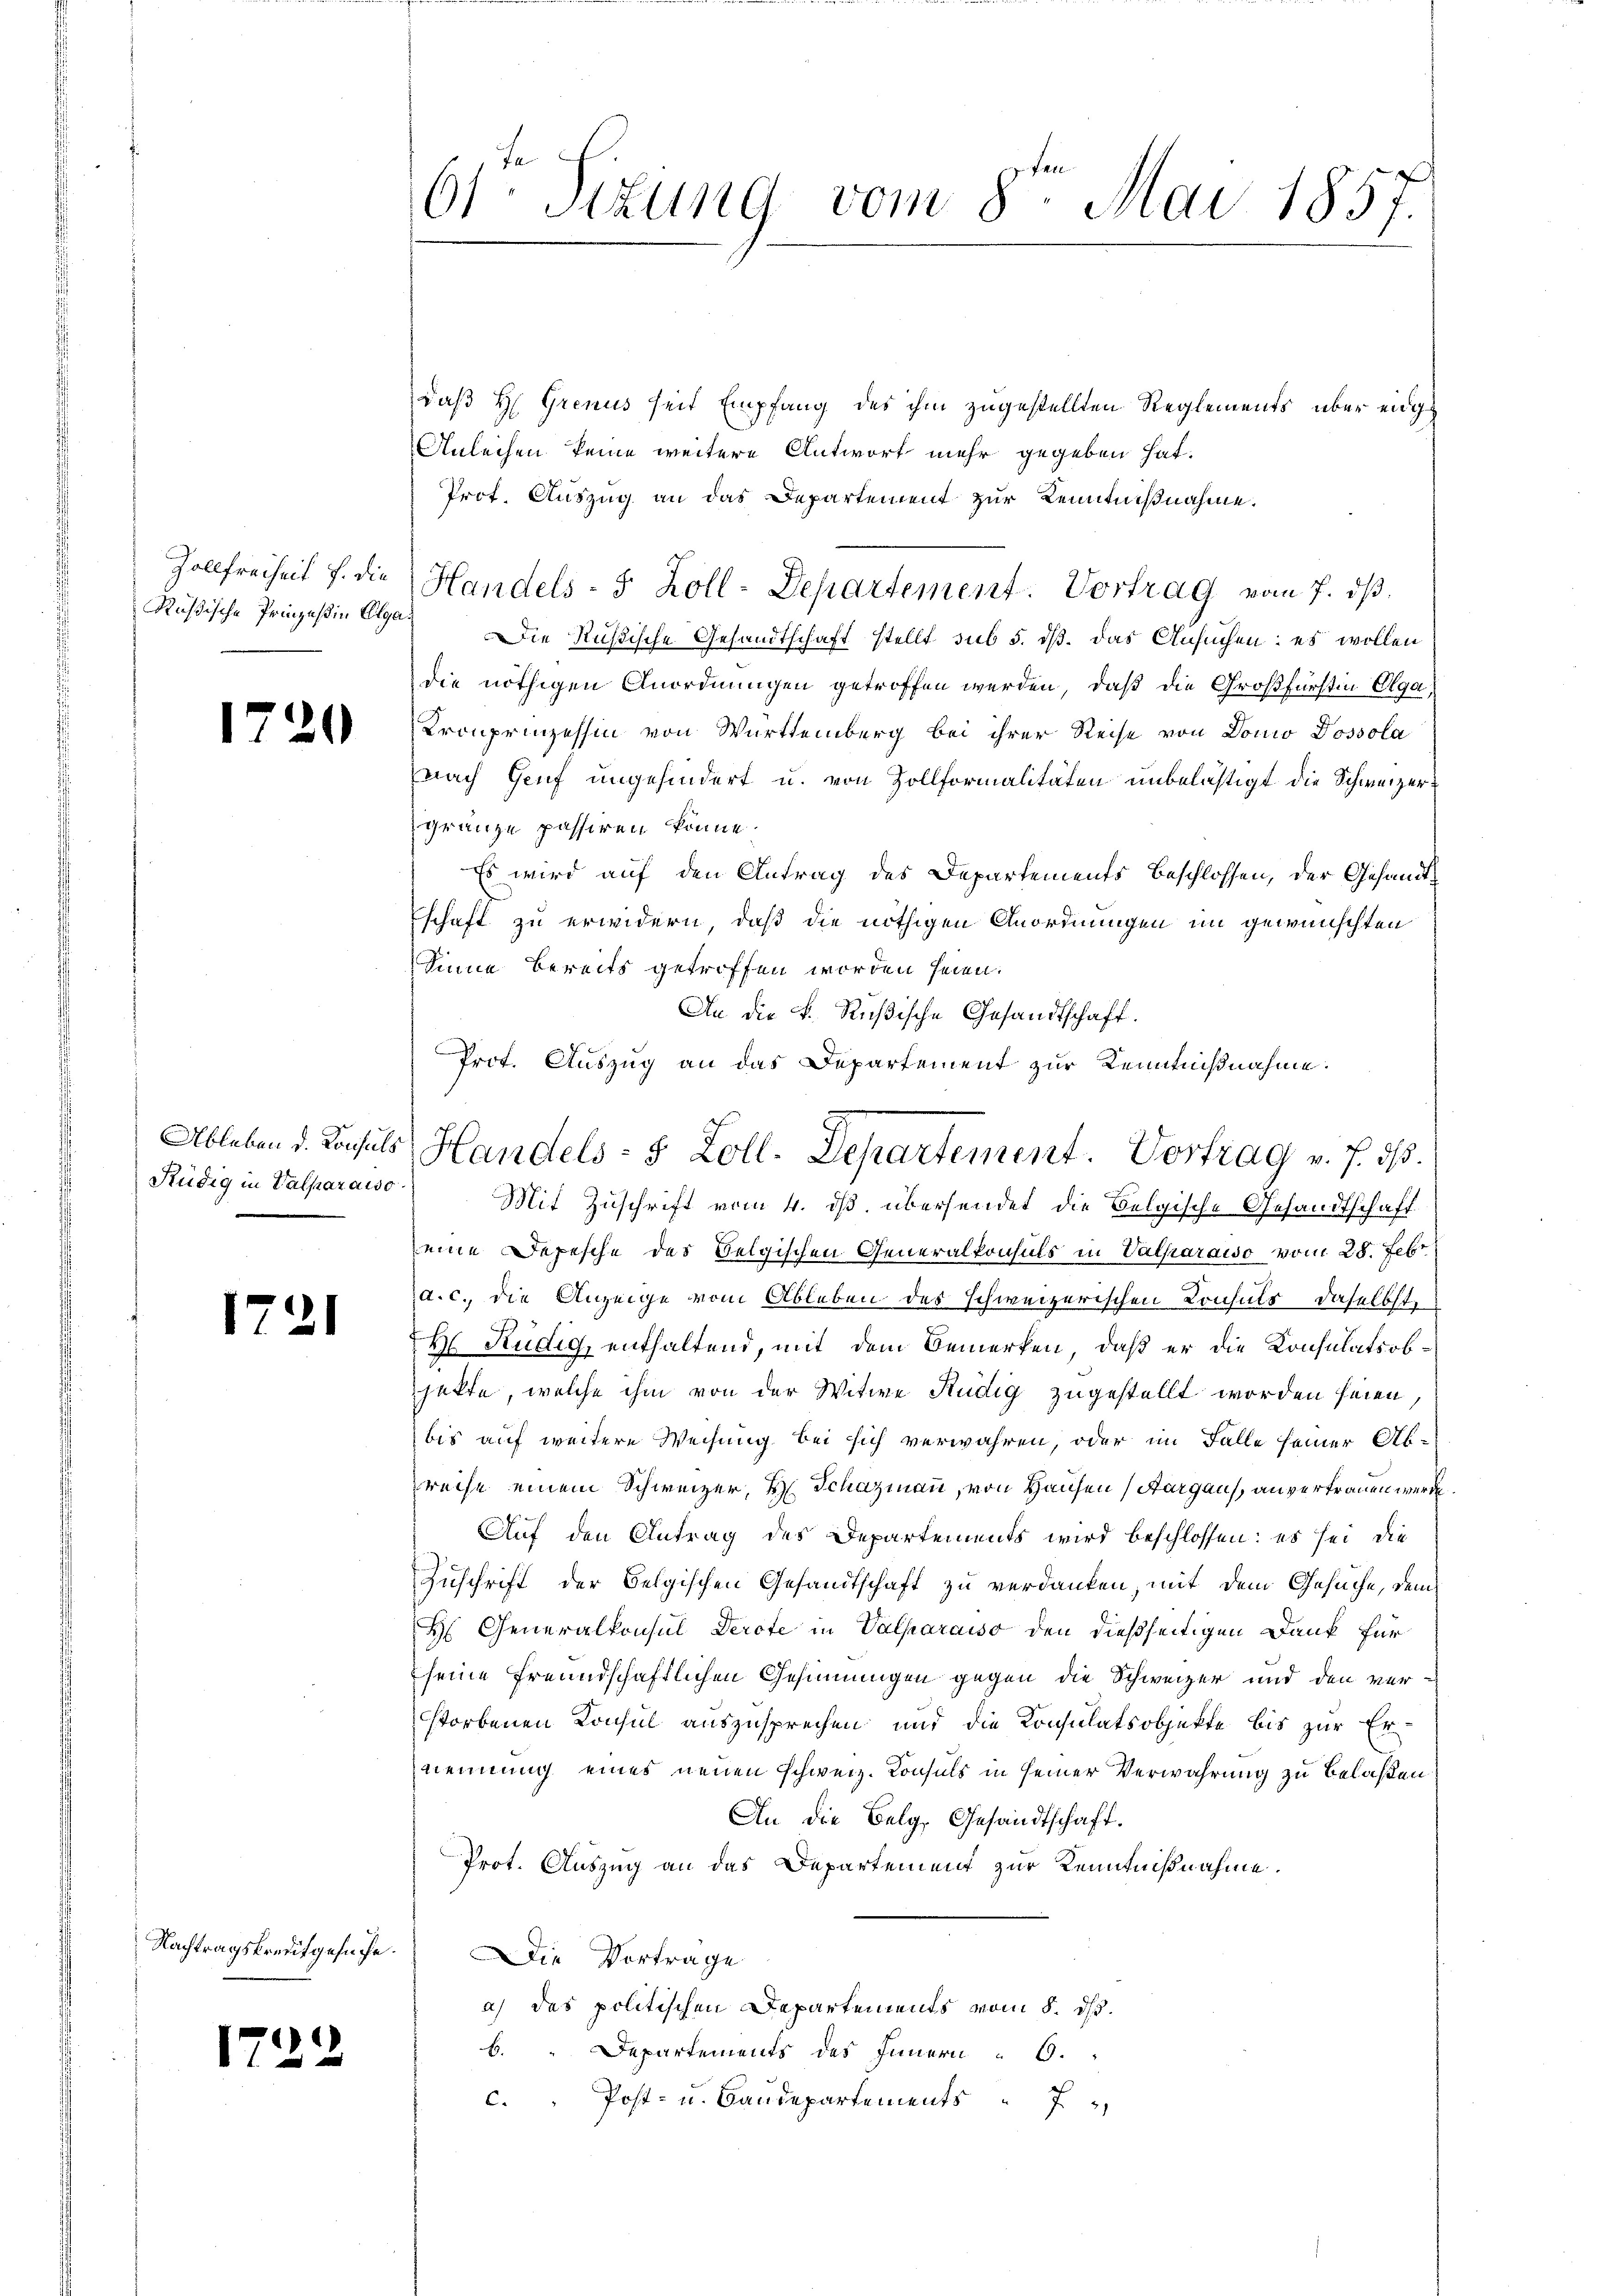
Rußische Prinzeßin Olga¬

1720

Rüdig in Valparaiso

17

.

21

Nachtragskreditgesuche.

d

6sten Sizung vom 8ten Mai 1857.

daß H. Grenus seit Empfang des ihm zugestellten Reglements über eidge
Anleihen keine weitere Antwort mehr gegeben hat.
Prof. Auszug an das Departement zur Kenntnißnahme.
Zollfreiheit u. die Handels- 5 Zoll-Departement. Vortrag vom 7. dβ
Die Rußische Gesandtschaft stellt sub 5. dß. das Ansuchen: es wollen
die nöthigen Anordnungen getroffen werden, daß die Großfürstin Olga,
Kronprinzessin von Württemberg bei ihrer Reise von Dono Dossola
nach Genf ungehindert u. von Zollformalitäten unbelästigt die Schweizergränze passiren könne.
Es wird auf den Antrag des Departements beschlossen, der Gesandtschaft zu erwidern, daß die nöthigen Anordnungen im gewünschten
Sinne bereits getroffen worden seien.
An die k. Rußische Gesandtschaft.
Prot. Auszug an das Departement zur Kenntnißnahme.

Mit Zuschrift vom 4. ds. übersendet die Belgische Gesandtschaff
eine Depesche des Belgischen Generalkonsuls in Valparaiso vom 28. Febr.
a. c., die Anzeige vom Ableben des schweizerischen Konsuls, daselbst
H Rüdig, enthaltend, mit dem Bemerken, daß er die Konsulatsobjekte, welche ihm von der Witwe Rudig zugestellt worden seien,
bis auf weitere Weisung bei sich verwahren, oder im Falle seiner Abreise einem Schweizer, H. Schazmann, von Hausen (Aargau, anvertrauen werde
Auf den Antrag des Departements wird beschlossen: es sei die
Zuschrift der belgischen Gesandtschaft zu verdanken, mit dem Gesuche, dem
Hs. Generalkonsul Derofe in Valparaiso den dießseitigen Dank für
seine freundschaftlichen Gesinnungen gegen die Schweizer und den ver-
storbenen Konsul auszusprechen und die Konsulatsobjekte bis zur Er-
nennung eines neuen schweiz. Konsuls in seiner Verwahrung zu belaßen
An die Belg, Gesandtschaft.
Prot. Auszug an das Departement zur Kenntnißnahme.
Die Vorträge
a) des politischen Departements vom 5. ds.
b. Departements des Innern " 6.
c. " Post- u. Baŭdepartements " 7

Ableben d. Konsuls Handels- 8 Zoll. Departement. Vortrag v. J. dß.